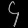
Digit: ၄